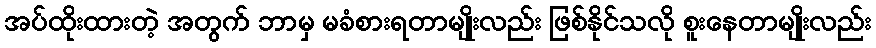
အပ်ထိုးထားတဲ့ အတွက် ဘာမှ မခံစားရတာမျိုးလည်း ဖြစ်နိုင်သလို စူးနေတာမျိုးလည်း